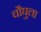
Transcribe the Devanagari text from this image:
चौघुला